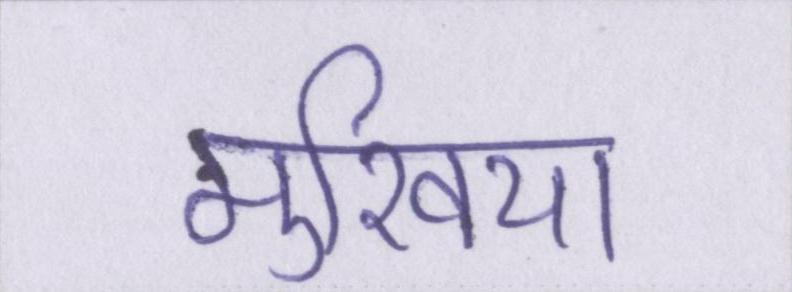
मुखिया